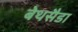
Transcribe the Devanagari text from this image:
बेथसैडा